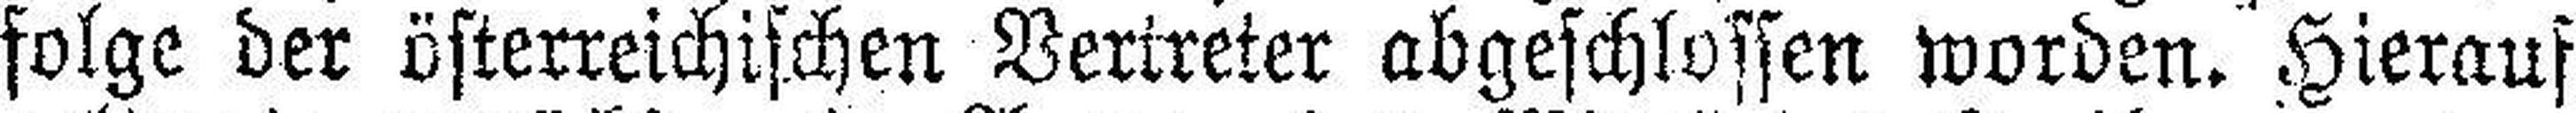
folge der österreichischen Vertreter abgeschlossen worden. Hierauf